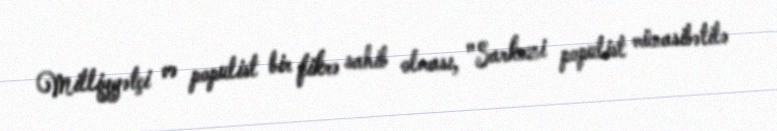
Milliyyətçi və populist bir fikrə sahib olması, "Sarkozi populist münasibətilə